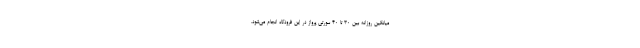
میانگین روزانه بین ۳۰ تا ۴۰ سورتی پرواز در این فرودگاه انجام می‌شود.